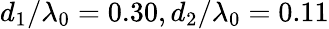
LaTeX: d_{1}/\lambda_{0}=0.30,d_{2}/\lambda_{0}=0.11